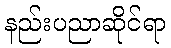
နည်းပညာဆိုင်ရာ